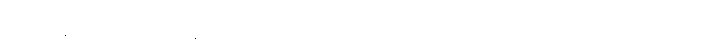
သင့်ပြန်အမ်းငွေကို ပြန်လာရလိမ့်မည် ဖြစ်ပွားမှုမရှိသော်လည်း သွန်သင်ချက်အတိုင်း